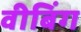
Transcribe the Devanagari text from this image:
वीबिंग